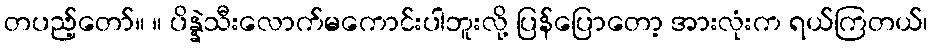
တပည့်တော်။ ။ ပိန္နဲသီးလောက်မကောင်းပါဘူးလို့ ပြန်ပြောတော့ အားလုံးက ရယ်ကြတယ်၊